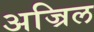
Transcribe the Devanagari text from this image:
अज्रिल